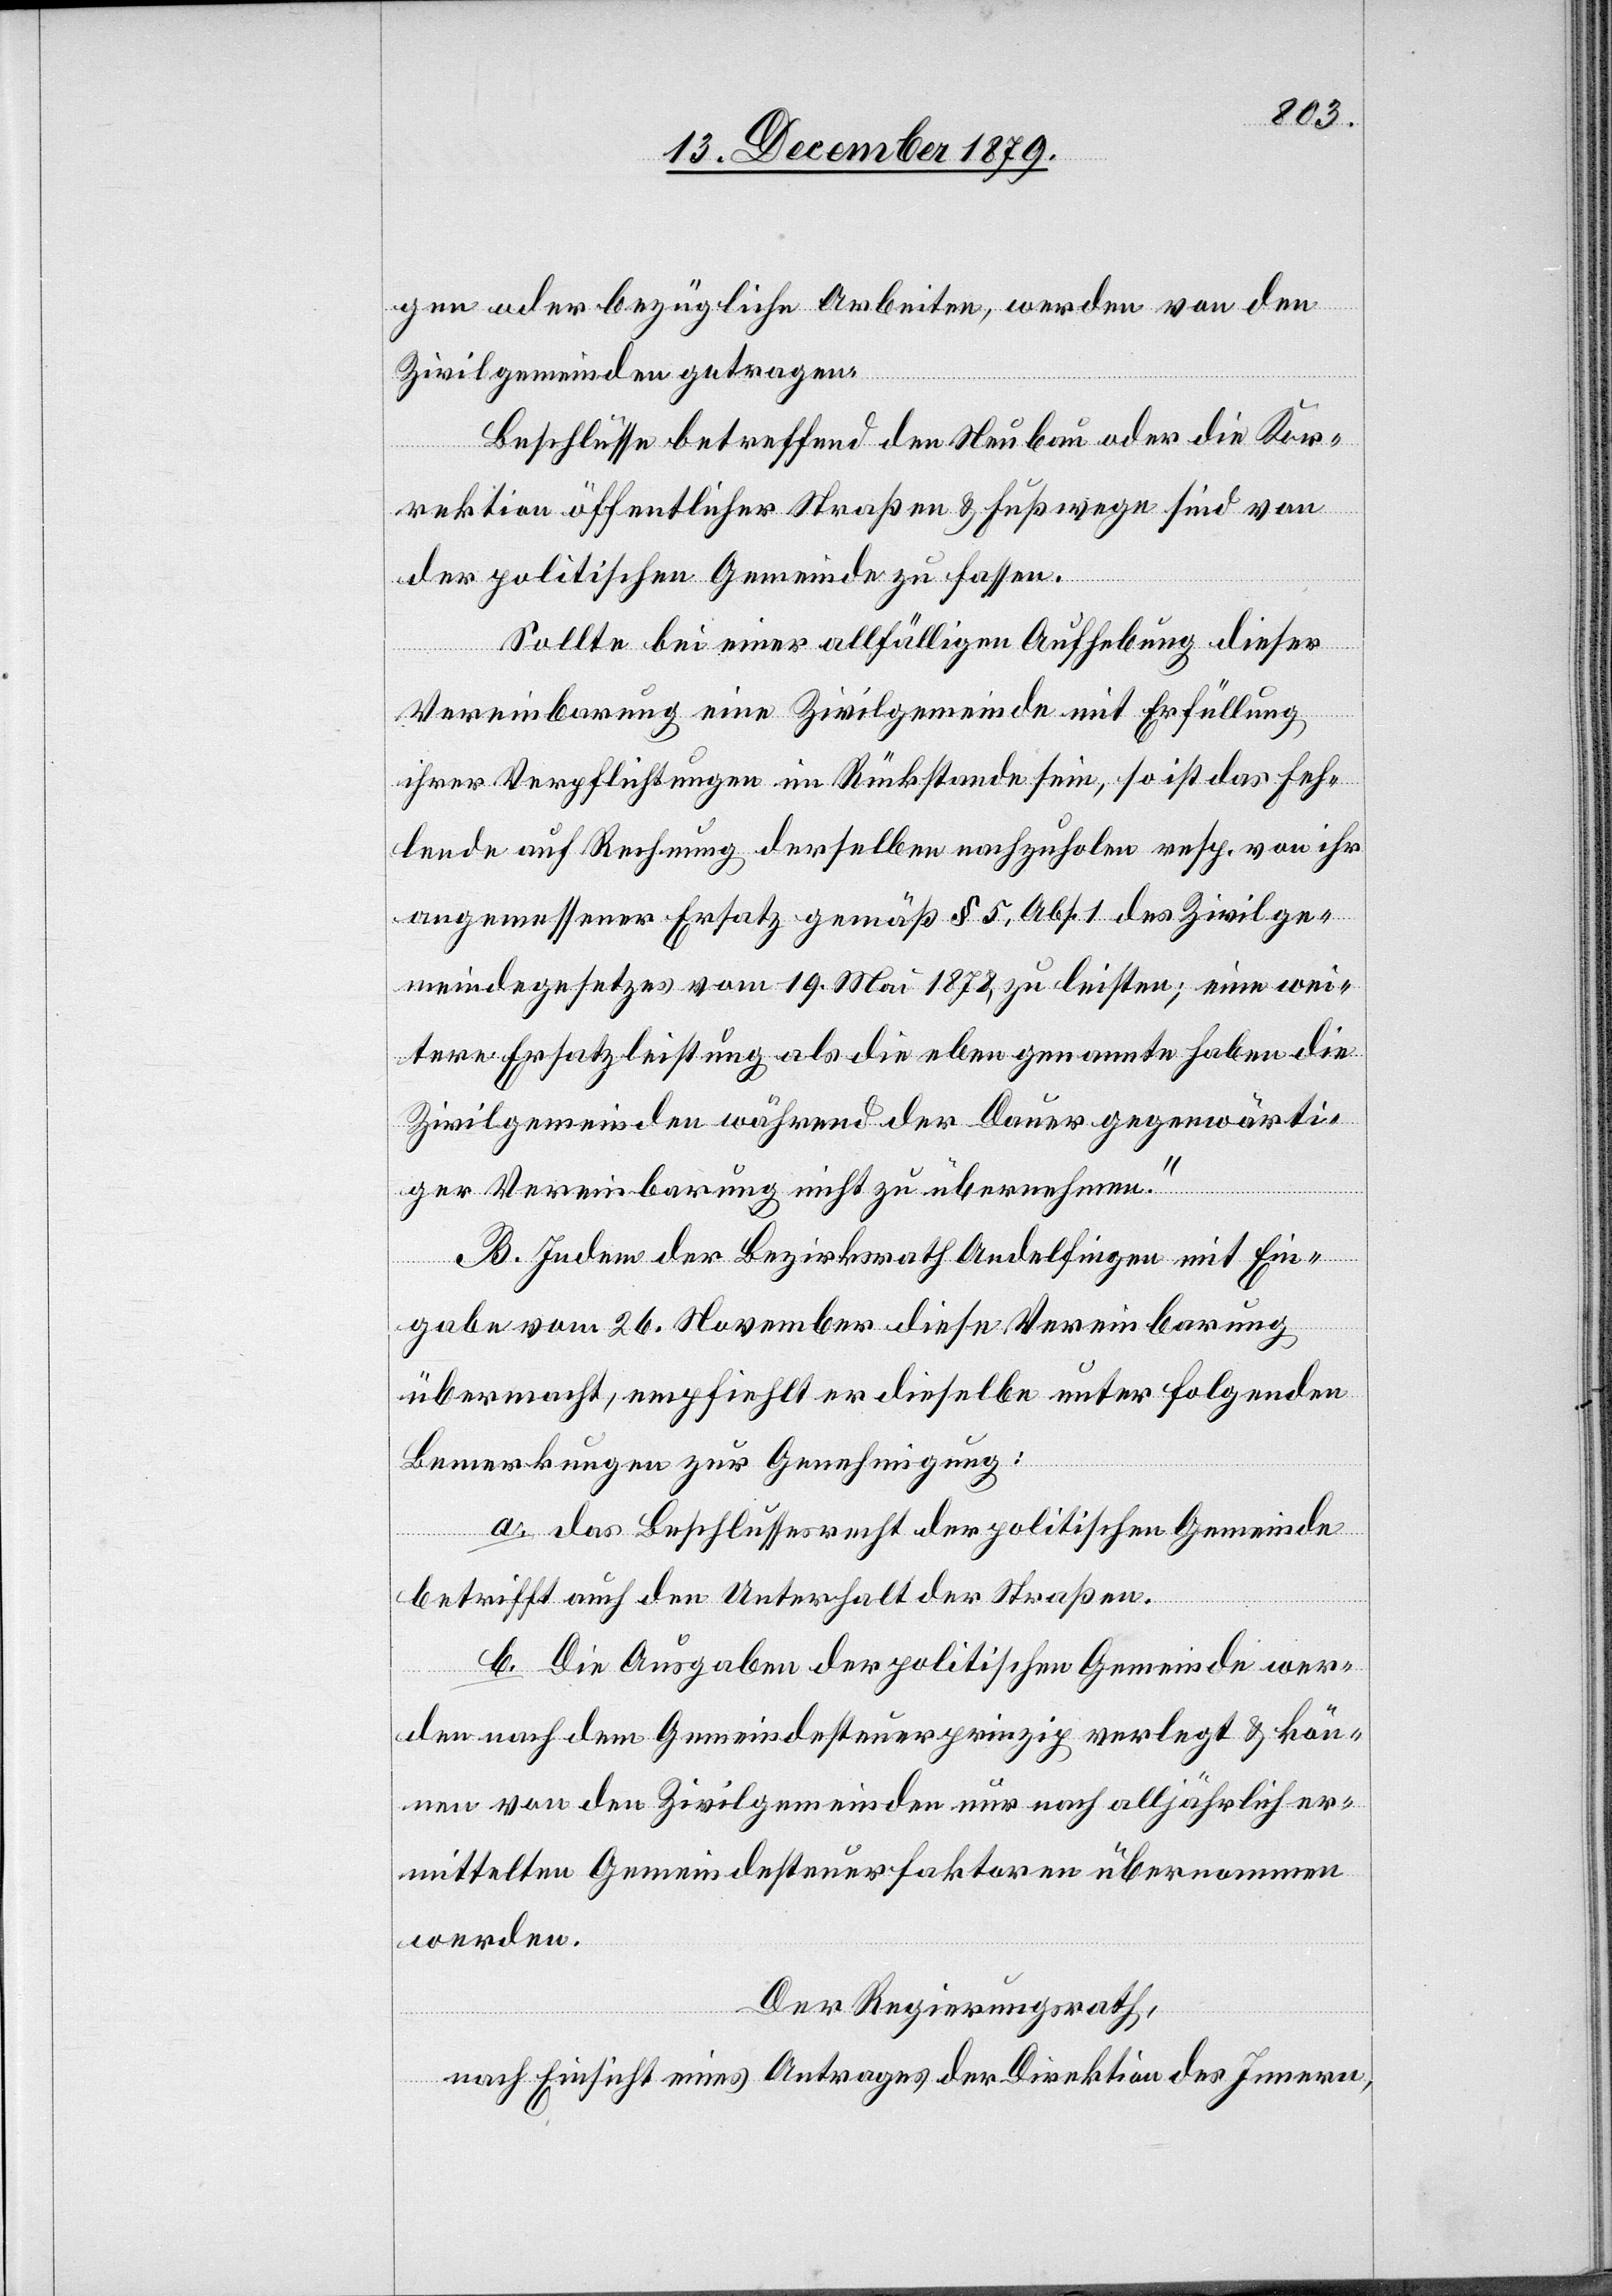
gen oder bezügliche Arbeiten, werden von den
Zivilgemeinden getragen.
Beschlüsse betreffend den Neubau oder die Kor¬
rektion öffentlicher Straßen & Fußwege sind von
der politischen Gemeinde zu fassen.
Sollte bei einer allfälligen Aufhebung dieser
Vereinbarung eine Zivilgemeinde mit Erfüllung
ihrer Verpflichtungen im Rückstande sein, so ist das Feh¬
lende auf Rechnung derselben nachzuholen resp. von ihr
angemessener Ersatz gemäß § 5 Abs. 1 des Zivilge¬
meindegesetzes vom 19. Mai 1878 zu leisten; eine wei¬
tere Ersatzleistung als die eben genannte haben die
Zivilgemeinden während der Dauer gegenwärti¬
ger Vereinbarung nicht zu übernehmen.“
B. Indem der Bezirksrath Andelfingen mit Ein¬
gabe vom 26. November diese Vereinbarung
übermacht, empfiehlt er dieselbe unter folgenden
Bemerkungen zur Genehmigung:
a. das Beschlussesrecht der politischen Gemeinde
betrifft auch den Unterhalt der Straßen.
b. Die Ausgaben der politischen Gemeinde wer¬
den nach dem Gemeindesteuerprinzip verlegt & kön¬
nen von den Zivilgemeinden nur nach alljährlich er¬
mittelten Gemeindesteuerfaktoren übernommen
werden.
Der Regierungsrath,
nach Einsicht eines Antrages der Direktion des Innern,